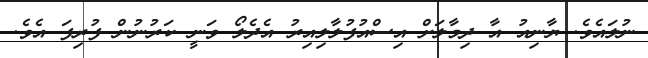
ނުލައެވެ. ޔާނިއު އާ ދިމާލަށް އިސްއުފުލާލިއިރު އެދެލޯ ވަނީ ކަރުނުން ފުރިފަ އެވެ.